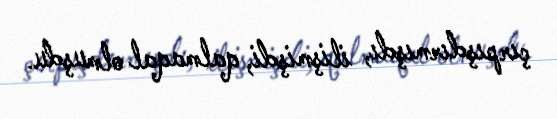
çırpışdırmışdı, ilişmişdi, qalmaqal olmuşdu.